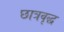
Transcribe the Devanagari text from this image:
छात्रवृद्ध